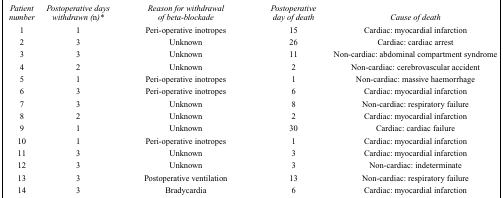
<table><thead><tr><td><b><i>Patient number</i></b></td><td><b><i>Postoperative days withdrawn (n)*</i></b></td><td><b><i>Reason for withdrawal of beta-blockade</i></b></td><td><b><i>Postoperative day of death</i></b></td><td><b><i>Cause of death</i></b></td></tr></thead><tbody><tr><td>1</td><td>1</td><td>Peri-operative inotropes</td><td>15</td><td>Cardiac: myocardial infarction</td></tr><tr><td>2</td><td>3</td><td>Unknown</td><td>26</td><td>Cardiac: cardiac arrest</td></tr><tr><td>3</td><td>3</td><td>Unknown</td><td>11</td><td>Non-cardiac: abdominal compartment syndrome</td></tr><tr><td>4</td><td>2</td><td>Unknown</td><td>2</td><td>Non-cardiac: cerebrovascular accident</td></tr><tr><td>5</td><td>1</td><td>Peri-operative inotropes</td><td>1</td><td>Non-cardiac: massive haemorrhage</td></tr><tr><td>6</td><td>3</td><td>Peri-operative inotropes</td><td>6</td><td>Cardiac: myocardial infarction</td></tr><tr><td>7</td><td>3</td><td>Unknown</td><td>8</td><td>Non-cardiac: respiratory failure</td></tr><tr><td>8</td><td>2</td><td>Unknown</td><td>2</td><td>Cardiac: myocardial infarction</td></tr><tr><td>9</td><td>1</td><td>Unknown</td><td>30</td><td>Cardiac: cardiac failure</td></tr><tr><td>10</td><td>1</td><td>Peri-operative inotropes</td><td>1</td><td>Cardiac: myocardial infarction</td></tr><tr><td>11</td><td>3</td><td>Unknown</td><td>3</td><td>Cardiac: myocardial infarction</td></tr><tr><td>12</td><td>3</td><td>Unknown</td><td>3</td><td>Non-cardiac: indeterminate</td></tr><tr><td>13</td><td>3</td><td>Postoperative ventilation</td><td>13</td><td>Non-cardiac: respiratory failure</td></tr><tr><td>14</td><td>3</td><td>Bradycardia</td><td>6</td><td>Cardiac: myocardial infarction</td></tr></tbody></table>